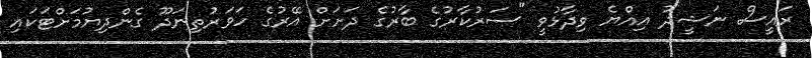
ރައީސް ނަޝީދު އިއްޔެ ވިދާޅުވީ "ސަރުކާރުގެ ބާރުގެ ދަށަށް އޭރުގެ ހަވަރުތިނަދޫ ގެންދިޔުމަށްޓަކައި